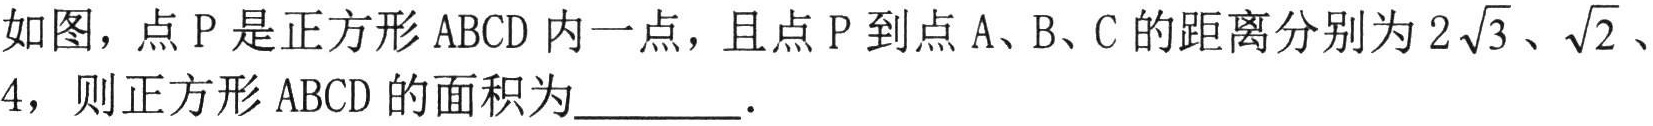
如图，点 \(P\) 是正方形 \(ABCD\) 内一点，且点 \(P\) 到点 \(A、B、C\) 的距离分别为 \(2\sqrt{3}\)、\(\sqrt{2}\)、\(4\)，则正方形 \(ABCD\) 的面积为________．